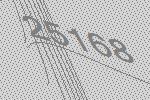
25168